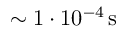
{ \sim 1 \cdot 1 0 ^ { - 4 } \, \mathrm { s } }